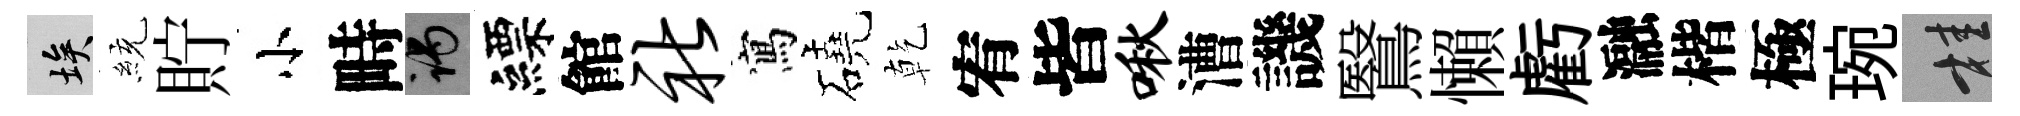
埃統貯小畤谒縹館社寫磽乾宥皆啾漕譏鷖懶虧瀜楷極琬桂